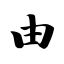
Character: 由